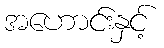
အဟောင်းနှင့်